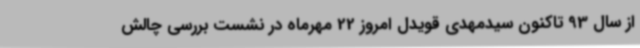
از سال 93 تاکنون سیدمهدی قویدل امروز 22 مهرماه در نشست بررسی چالش